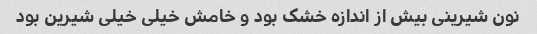
نون شیرینی بیش از اندازه خشک بود و خامش خیلی خیلی شیرین بود